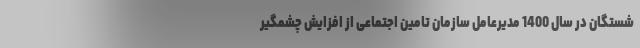
شستگان در سال 1400 مدیرعامل سازمان تامین اجتماعی از افزایش چشمگیر